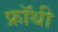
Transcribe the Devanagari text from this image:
फ्रॉथी